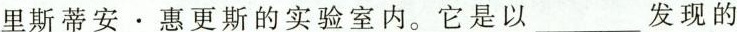
里斯蒂安·惠更斯的实验室内。它是以___发现的